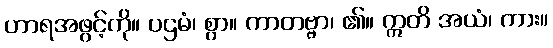
ဟာရအဖွင့်ကို။ ပဌမံ၊ စွာ။ ကာတဗ္ဗာ၊ ၏။ ဣတိ အယံ၊ ကား။